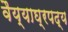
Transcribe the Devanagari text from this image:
वैय्याघ्रपद्य